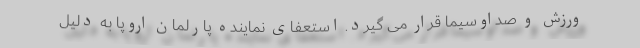
ورزش و صداوسیما قرار می گیرد. استعفای نماینده پارلمان اروپا به دلیل